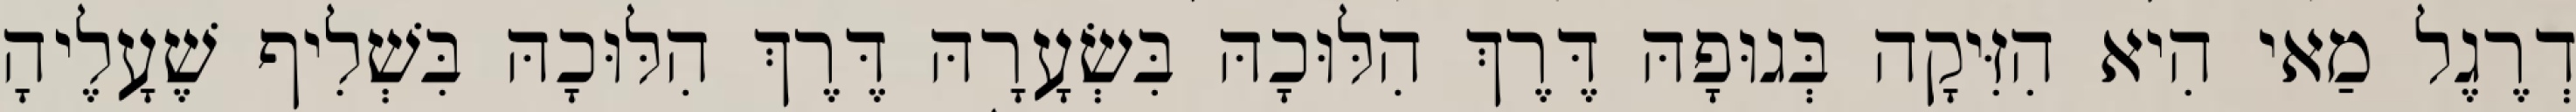
דְרֶגֶל מַאי הִיא הִזִּיקָה בְּגוּפָהּ דֶּרֶךְ הִלּוּכָהּ בִּשְׂעָרָהּ דֶּרֶךְ הִלּוּכָהּ בִּשְׁלִיף שֶׁעָלֶיהָ